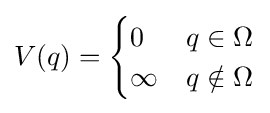
V(q)={\begin{cases}0&q\in \Omega \\\infty &q\notin \Omega \end{cases}}